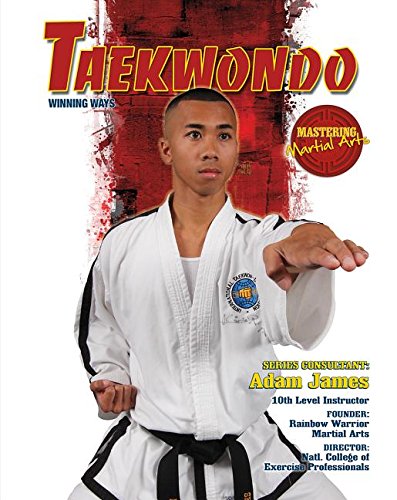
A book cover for Taekwondo: Winning Ways (Mastering Martial Arts); Barnaby Chesterman; Teen & Young Adult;